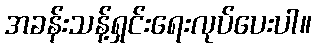
အခန်းသန့်ရှင်းရေးလုပ်ပေးပါ။